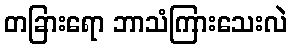
တခြားရော ဘာသံကြားသေးလဲ